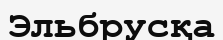
Эльбрусқа